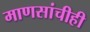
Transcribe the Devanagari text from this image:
माणसांचीही